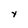
Character: Y